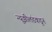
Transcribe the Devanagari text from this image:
न्यूझीलंडकडून